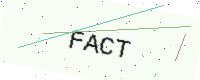
Text: FACT